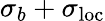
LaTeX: {\sigma_{b}+\sigma_{\mathrm{loc}}}